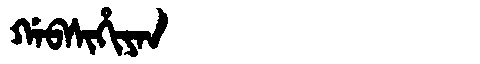
Manchu: ᡤᠠᠪᠰᡳᡥᡳᠶᠠᠨ
Romanization: GABSIHIYAN